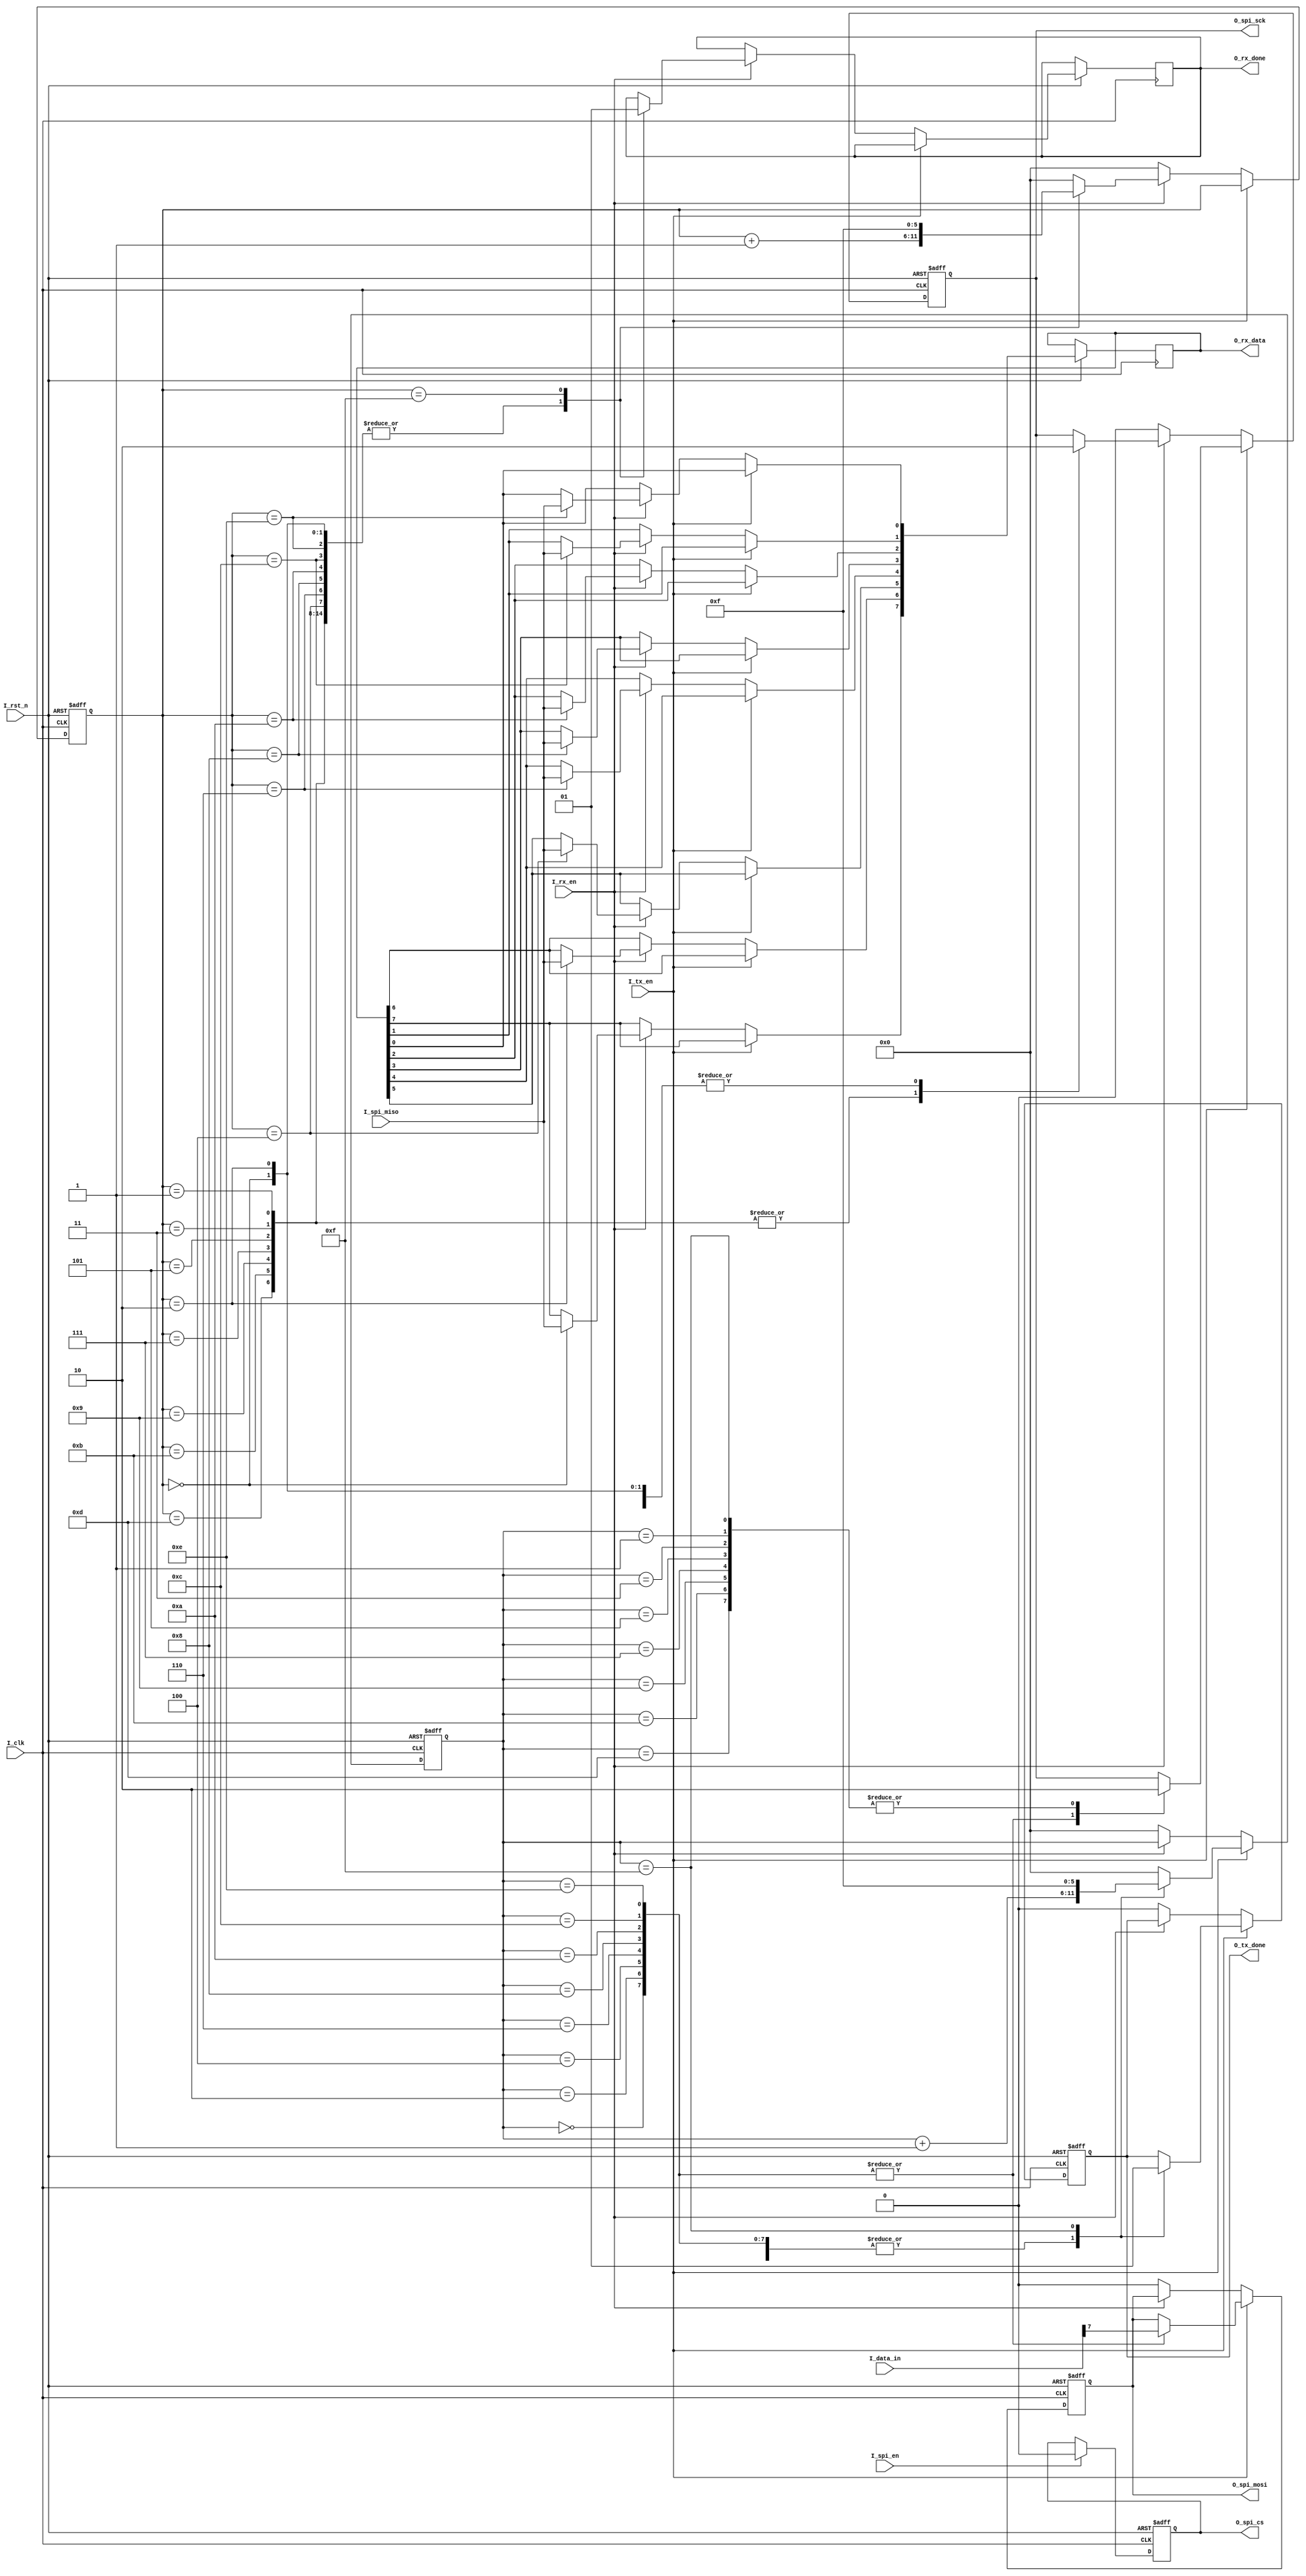
`timescale 1ns / 1ps
//////////////////////////////////////////////////////////////////////////////////
// Company: 
// Engineer: 
// 
// Design Name: 
// Module Name:    spi 
// Project Name: 
// Target Devices: 
// Tool versions: 
// Description: 
//
// Dependencies: 
//
// Revision: 
// Revision 0.01 - File Created
// Additional Comments: 
//I_tx_en 0
//////////////////////////////////////////////////////////////////////////////////
module spi(
	input I_spi_en				,//SPI
    input I_rst_n				,
	input I_clk					,
	input I_tx_en				,
	input I_rx_en				,
	input [7:0] I_data_in		,
	output reg [7:0] O_rx_data	,
	output reg  O_tx_done   	,
	output reg  O_rx_done		,
	
//SPI
	input 		I_spi_miso	,
	output reg 	O_spi_sck   ,
	output reg 	O_spi_cs    ,
	output reg 	O_spi_mosi
    );
	
	always@(posedge I_clk or negedge I_rst_n)begin
		if(!I_rst_n)begin
			O_spi_cs <= 1'b1;
		end
		else if(I_spi_en == 1'b1)begin
			O_spi_cs <= 1'b0;
		end
		else begin
			O_spi_cs <= O_spi_cs;
		end
	end
	
	//
	reg [5:0] 	R_tx_state		;
	reg [5:0] 	R_rx_state		;
	
	always@(posedge I_clk or negedge I_rst_n) begin
		if(!I_rst_n) begin
			R_tx_state <= 5'd0		;
			O_spi_sck  <= 1'b0		;
			O_spi_mosi <= 1'b0		;
			O_tx_done  <= 1'b0		;
			
			R_rx_state <= 5'd0 		;
		end
		else if(I_tx_en) begin
			case(R_tx_state)
			5'd1,5'd3,5'd5,5'd7,5'd9,
			5'd11,5'd13:
				begin
					O_spi_sck <= 1'b0;
					R_tx_state <= R_tx_state + 1'b1;
					O_tx_done <= 1'b0;
				end
			5'd0://7
				begin
					O_spi_mosi <= I_data_in[7]		;
					O_spi_sck  <= 1'b1				;
					R_tx_state <= R_tx_state +1'b1	;
					O_tx_done  <= 1'b0				;
				end
			5'd2://6
				begin
					O_spi_mosi <= I_data_in[7]		;
					O_spi_sck  <= 1'b1				;
					R_tx_state <= R_tx_state +1'b1	;
					O_tx_done  <= 1'b0				;
				end
			5'd4://5
				begin
					O_spi_mosi <= I_data_in[7]		;
					O_spi_sck  <= 1'b1				;
					R_tx_state <= R_tx_state +1'b1	;
					O_tx_done  <= 1'b0				;
				end
			5'd6://4
				begin
					O_spi_mosi <= I_data_in[7]		;
					O_spi_sck  <= 1'b1				;
					R_tx_state <= R_tx_state +1'b1	;
					O_tx_done  <= 1'b0				;
				end
			5'd8://3
				begin
					O_spi_mosi <= I_data_in[7]		;
					O_spi_sck  <= 1'b1				;
					R_tx_state <= R_tx_state +1'b1	;
					O_tx_done  <= 1'b0				;
				end
			5'd10://2
				begin
					O_spi_mosi <= I_data_in[7]		;
					O_spi_sck  <= 1'b1				;
					R_tx_state <= R_tx_state +1'b1	;
					O_tx_done  <= 1'b0				;
				end
			5'd12://1
				begin
					O_spi_mosi <= I_data_in[7]		;
					O_spi_sck  <= 1'b1				;
					R_tx_state <= R_tx_state +1'b1	;
					O_tx_done  <= 1'b0				;
				end
			5'd14://0
				begin
					O_spi_mosi <= I_data_in[7]		;
					O_spi_sck  <= 1'b1				;
					R_tx_state <= R_tx_state +1'b1	;
					O_tx_done  <= 1'b0				;
				end
			5'd15://15tx_done;
				begin
					O_spi_mosi <= O_spi_mosi		;
					O_spi_sck  <= 1'b0				;
					R_tx_state <= 5'd15				;
					O_tx_done  <= 1'b1				;
				end
			default:R_tx_state <= 5'd0				;
			endcase
		end
		else if(I_rx_en)begin
			case(R_rx_state)
			5'd1,5'd3,5'd5,5'd7,5'd9,
			5'd11,5'd13:
			begin
				O_spi_sck <= 1'b1 				;
				R_rx_state <= R_rx_state + 1'b1 ;
				O_rx_done <= 1'b0				;
			end
			5'd0: begin
				O_spi_sck <= 1'b0				;
				R_rx_state <= R_rx_state + 1'b1 ;
				O_rx_done <= 1'b0				;
				O_rx_data[7] <= I_spi_miso		;
			end
			5'd2: begin
				O_spi_sck <= 1'b0				;
				R_rx_state <= R_rx_state + 1'b1 ;
				O_rx_done <= 1'b0				;
				O_rx_data[6] <= I_spi_miso		;
			end
			5'd4: begin
				O_spi_sck <= 1'b0				;
				R_rx_state <= R_rx_state + 1'b1 ;
				O_rx_done <= 1'b0				;
				O_rx_data[5] <= I_spi_miso		;
			end
			5'd6: begin
				O_spi_sck <= 1'b0				;
				R_rx_state <= R_rx_state + 1'b1 ;
				O_rx_done <= 1'b0				;
				O_rx_data[4] <= I_spi_miso		;
			end
			5'd8: begin
				O_spi_sck <= 1'b0				;
				R_rx_state <= R_rx_state + 1'b1 ;
				O_rx_done <= 1'b0				;
				O_rx_data[3] <= I_spi_miso		;
			end
			5'd10: begin
				O_spi_sck <= 1'b0				;
				R_rx_state <= R_rx_state + 1'b1 ;
				O_rx_done <= 1'b0				;
				O_rx_data[2] <= I_spi_miso		;
			end
			5'd12: begin
				O_spi_sck <= 1'b0				;
				R_rx_state <= R_rx_state + 1'b1 ;
				O_rx_done <= 1'b0				;
				O_rx_data[1] <= I_spi_miso		;
			end
			5'd14: begin
				O_spi_sck <= 1'b0				;
				R_rx_state <= R_rx_state + 1'b1 ;
				O_rx_done <= 1'b0				;
				O_rx_data[0] <= I_spi_miso		;
			end
			5'd15: begin
				O_spi_sck <= 1'b0				;
				R_rx_state <= 5'd15			    ;
				O_rx_done <= 1'b1				;
			end
			default: begin
				R_rx_state  <=  5'd0 			;
			end
			endcase
		end
		else begin
			O_spi_mosi <= 1'b0				;
			O_spi_sck  <= 1'b0				;
			R_tx_state <= 5'b0				;
			O_tx_done  <= 1'b0				;
			
			R_rx_state <= 5'd0				;
		end
	end
	
	
endmodule